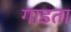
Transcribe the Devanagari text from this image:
गाडता